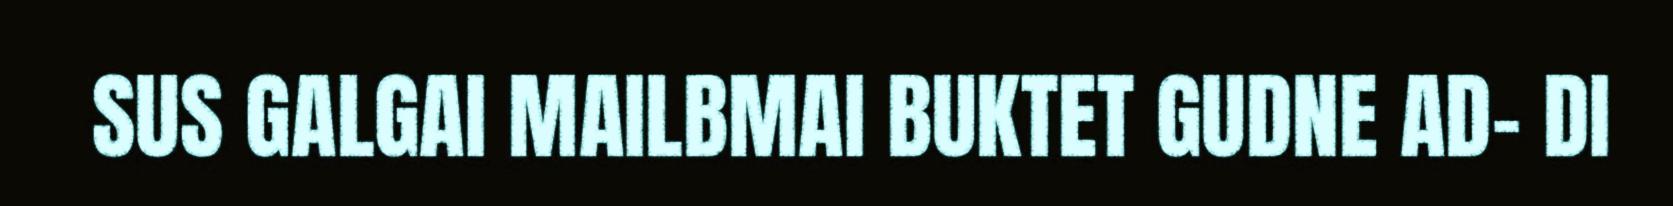
SUS GALGAI MAILBMAI BUKTET GUDNE AD- DI